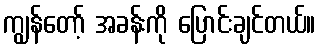
ကျွန်တော့် အခန်းကို ပြောင်းချင်တယ်။